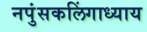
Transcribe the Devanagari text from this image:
नपुंसकलिंगाध्याय